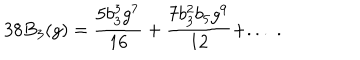
3 8 B _ { 3 } ( g ) = \frac { 5 b _ { 3 } ^ { 3 } g ^ { 7 } } { 1 6 } + \frac { 7 b _ { 3 } ^ { 2 } b _ { 5 } g ^ { 9 } } { 1 2 } + . . . \; .